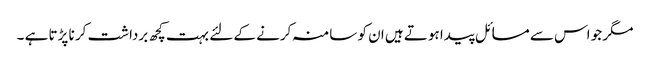
مگر جو اس سے مسائل پیدا ہوتے ہیں ان کو سامنہ کرنے کے لئے بہت کچھ برداشت کر نا پڑتا ہے ۔